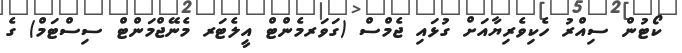
ކޯޓުން ސިއްރު ހެކިވެރިޔާއަށް ގުޅައި ޖެމްސް (ގަވަރމެންޓް އީލެޓަރ މެނޭޖްމަންޓް ސިސްޓަމް) ގެ